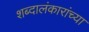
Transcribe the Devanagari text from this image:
शब्दालंकारांच्या